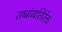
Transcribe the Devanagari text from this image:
राष्ट्रांव्यतिरिक्त